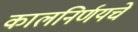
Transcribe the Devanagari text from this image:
कालनिर्णयचे